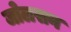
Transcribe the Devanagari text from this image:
जोलसन